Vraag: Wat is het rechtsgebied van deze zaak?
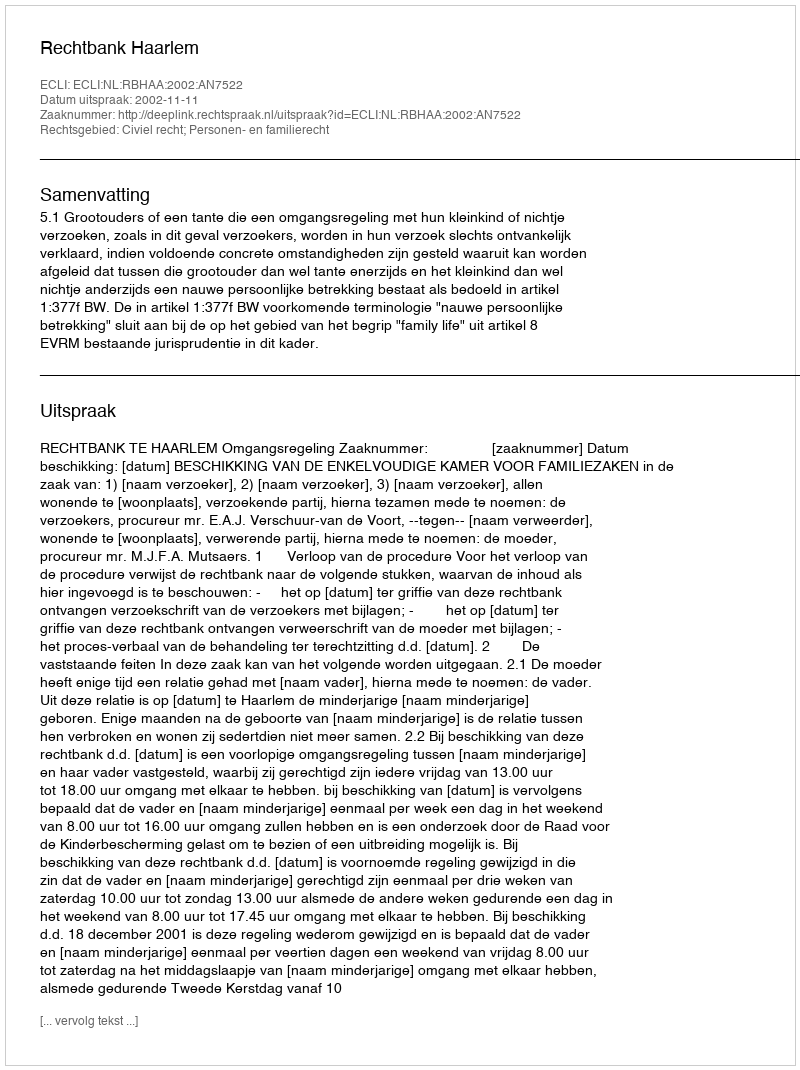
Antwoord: Civiel recht; Personen- en familierecht